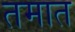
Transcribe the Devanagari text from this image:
तमात